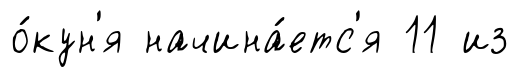
о́кун'я начина́етс'я 11 из